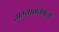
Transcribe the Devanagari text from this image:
अभ्यासकाला